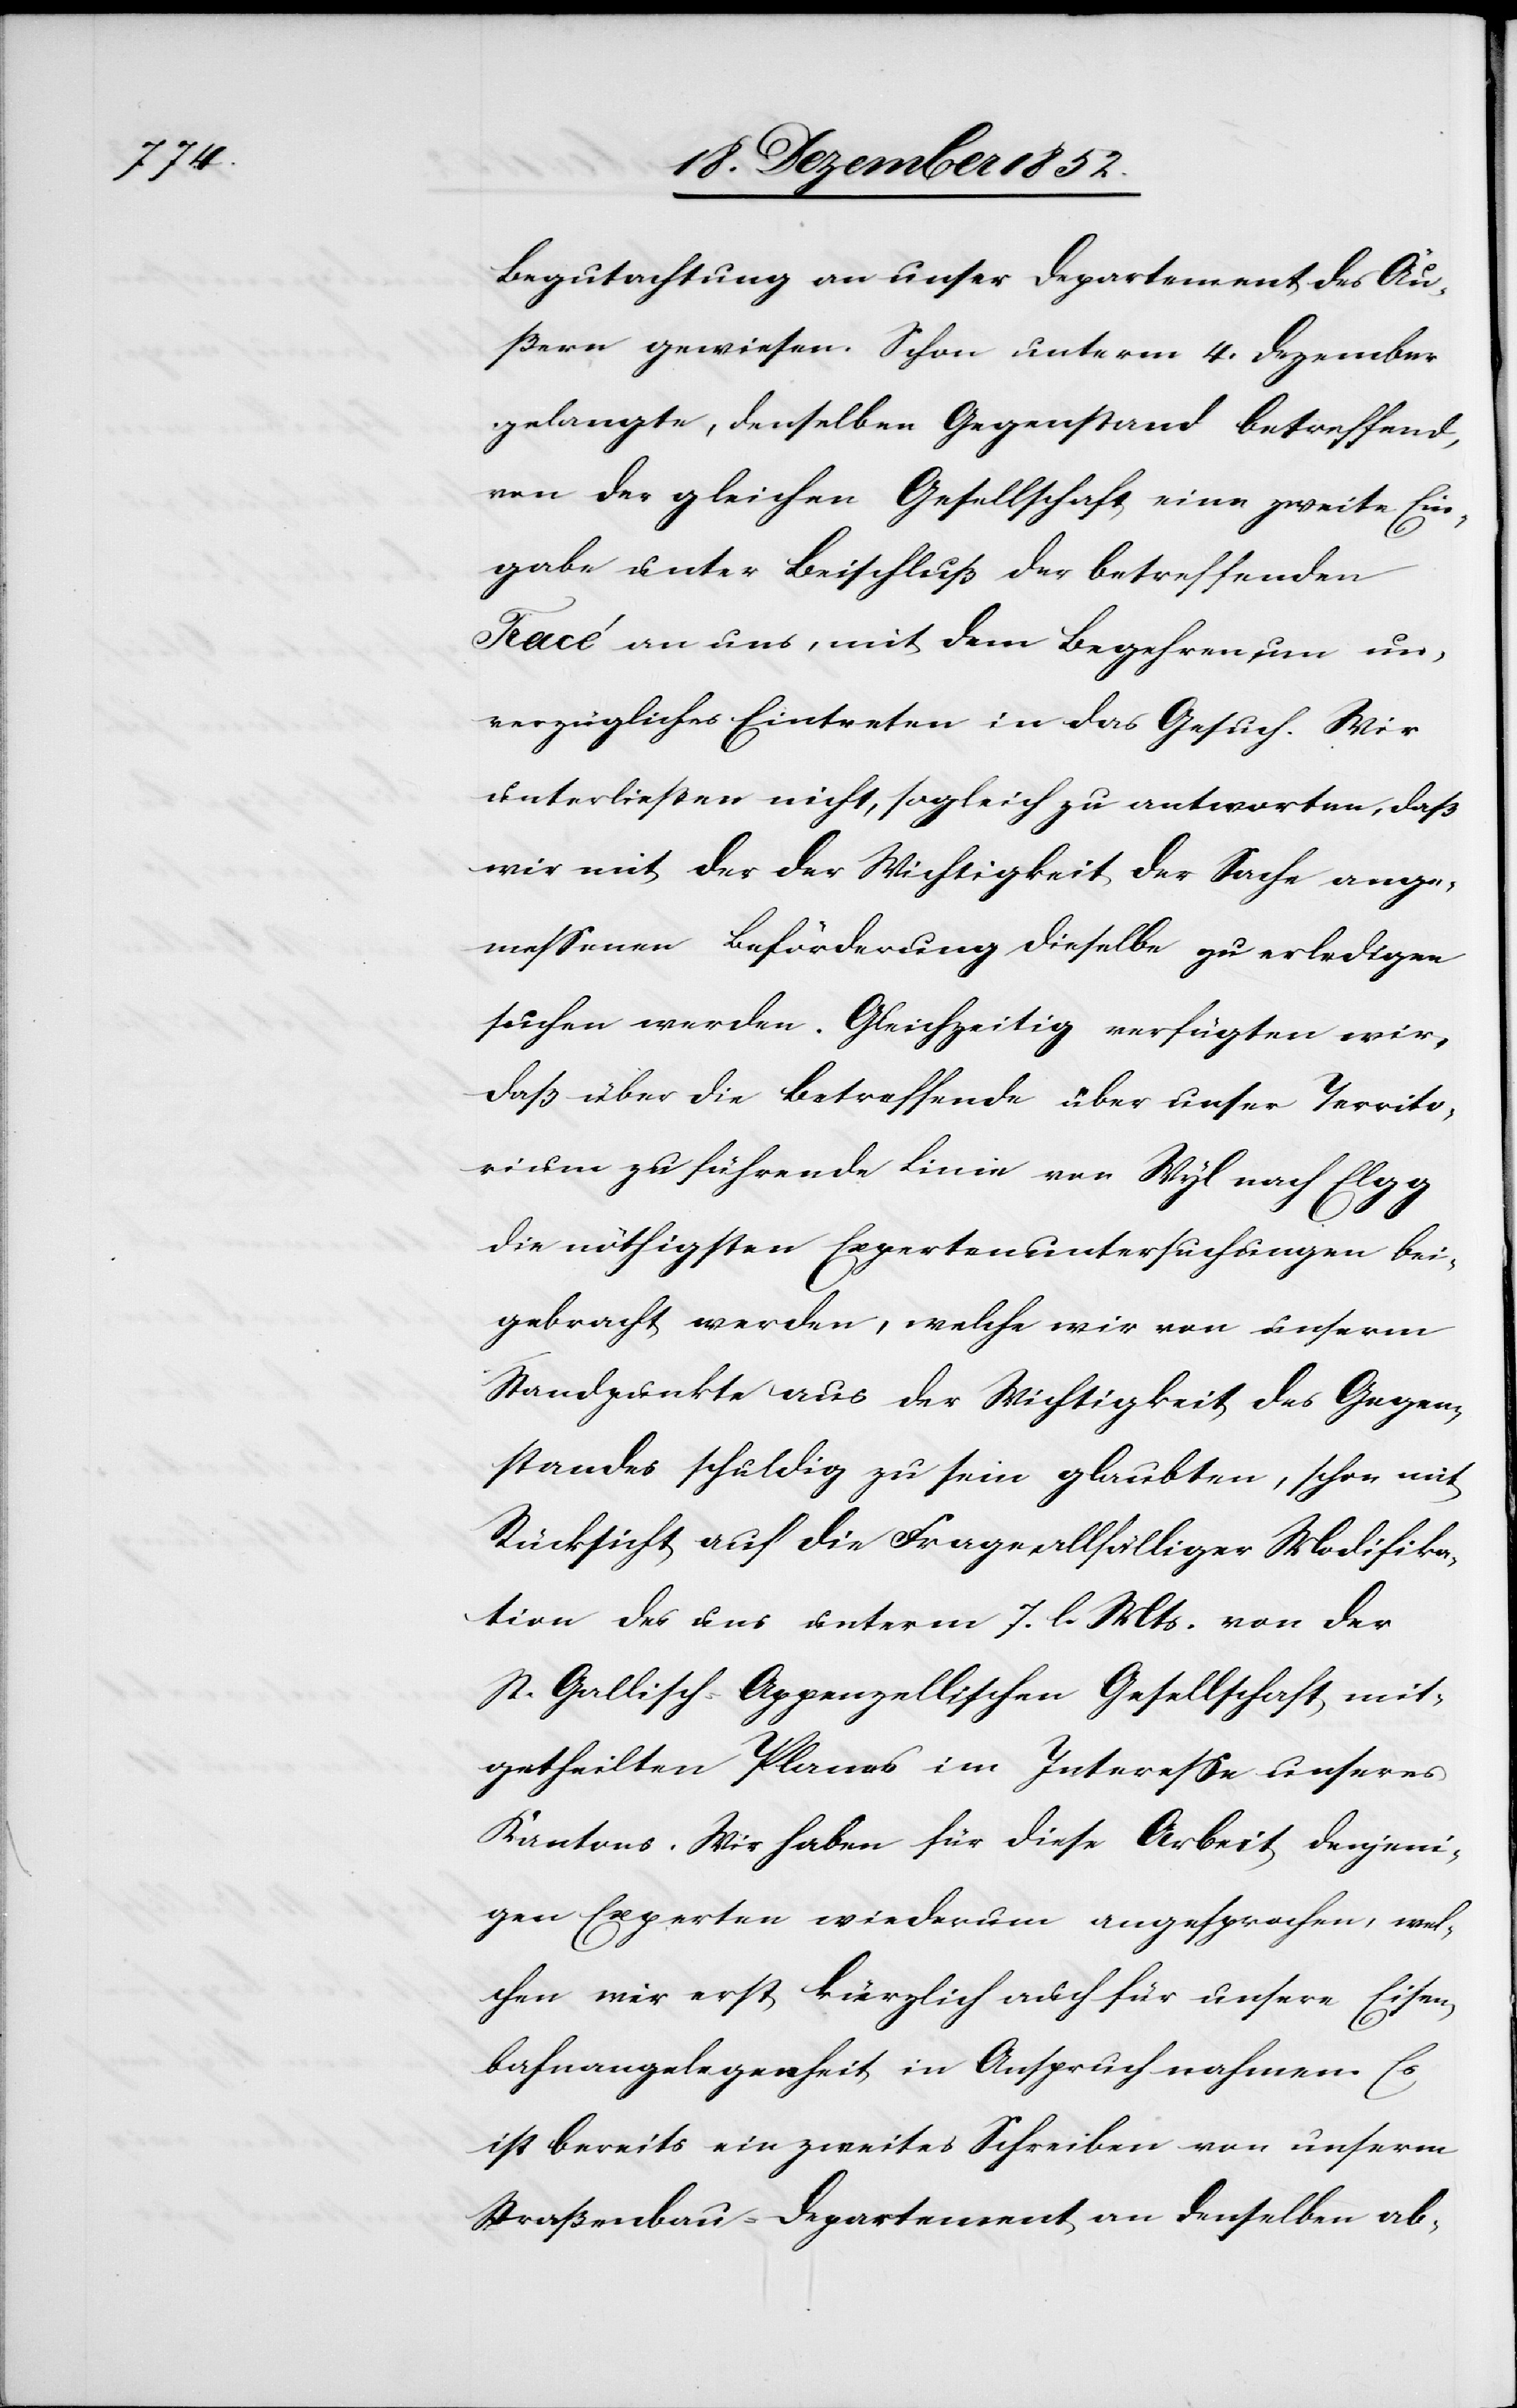
Begutachtung an unser Departement des Äu¬
ßern gewiesen. Schon unterm 4. Dezember
gelangte, denselben Gegenstand betreffend,
von der gleichen Gesellschaft eine zweite Ein¬
gabe unter Beischluß der betreffenden
Tracé an uns, mit dem Begehren um un¬
verzügliches Eintreten in das Gesuch. Wir
unterließen nicht, sogleich zu antworten, daß
wir mit der der Wichtigkeit der Sache ange¬
messenen Beförderung dieselbe zu erledigen
suchen werden. Gleichzeitig verfügten wir,
daß über die Betreffende über unser Territo¬
rium zu führende Linie von Wyl nach Elgg
die nöthigsten Expertenuntersuchungen bei¬
gebracht werden, welche wir von unserm
Standpunkte aus der Wichtigkeit des Gegen¬
standes schuldig zu sein glaubten, schon mit
Rücksicht auf die Frage allfälliger Modifika¬
tion des uns unterm 7. l. Mts. von der
St. Gallisch-Appenzellischen Gesellschaft mit¬
getheilten Planes im Interesse unseres
Kantons. Wir haben für diese Arbeit denjeni¬
gen Experten wiederum angesprochen, wel¬
chen wir erst kürzlich auch für unsere Eisen¬
bahnangelegenheit in Anspruch nahmen. Es
ist bereits ein zweites Schreiben von unserm
Straßenbau-Departement an denselben ab-